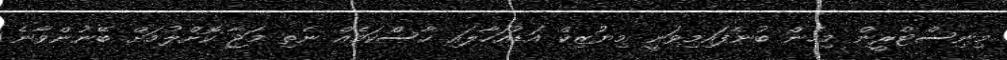
މިނިސްޓްރީން މިހެން ބުނެފައިމިވަނީ މިޔުޒިކް އަޑުއަހާލައި ހާސްކަމެއް ނެތި މަޖާ ކޮށްލުމަށް ބޭނުންވާނެ